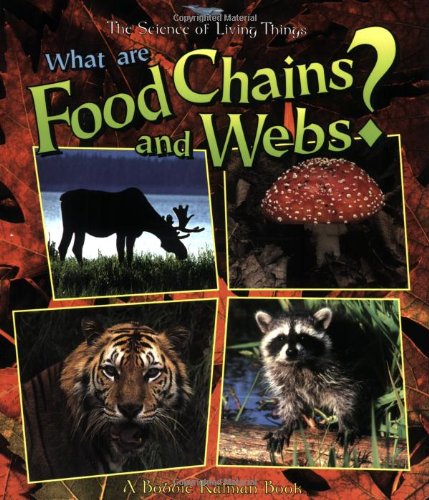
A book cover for What Are Food Chains and Webs? (Science of Living Things); Bobbie Kalman; Children's Books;